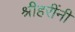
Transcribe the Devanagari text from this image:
श्रीहरींनी